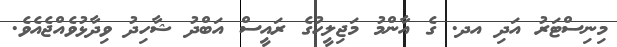
މިނިސްޓަރު އަދި އދ. ގެ އާންމު މަޖިލީހުގެ ރައީސް އަބްދު ޝާހިދު ވިދާޅުވެއްޖެއެވެ.